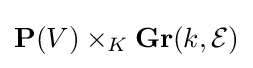
\mathbf {P} (V)\times _{K}\mathbf {Gr} (k,{\mathcal {E}})